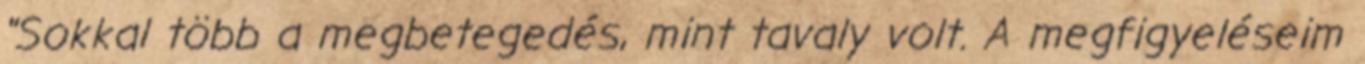
"Sokkal több a megbetegedés, mint tavaly volt. A megfigyeléseim